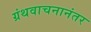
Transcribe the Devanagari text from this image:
ग्रंथवाचनानंतर